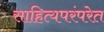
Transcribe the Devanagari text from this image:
साहित्यपरंपरेत